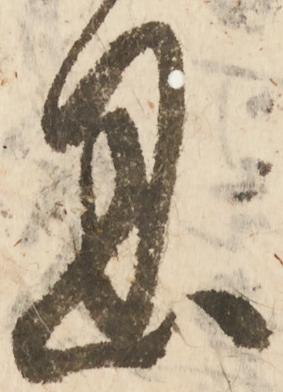
恩